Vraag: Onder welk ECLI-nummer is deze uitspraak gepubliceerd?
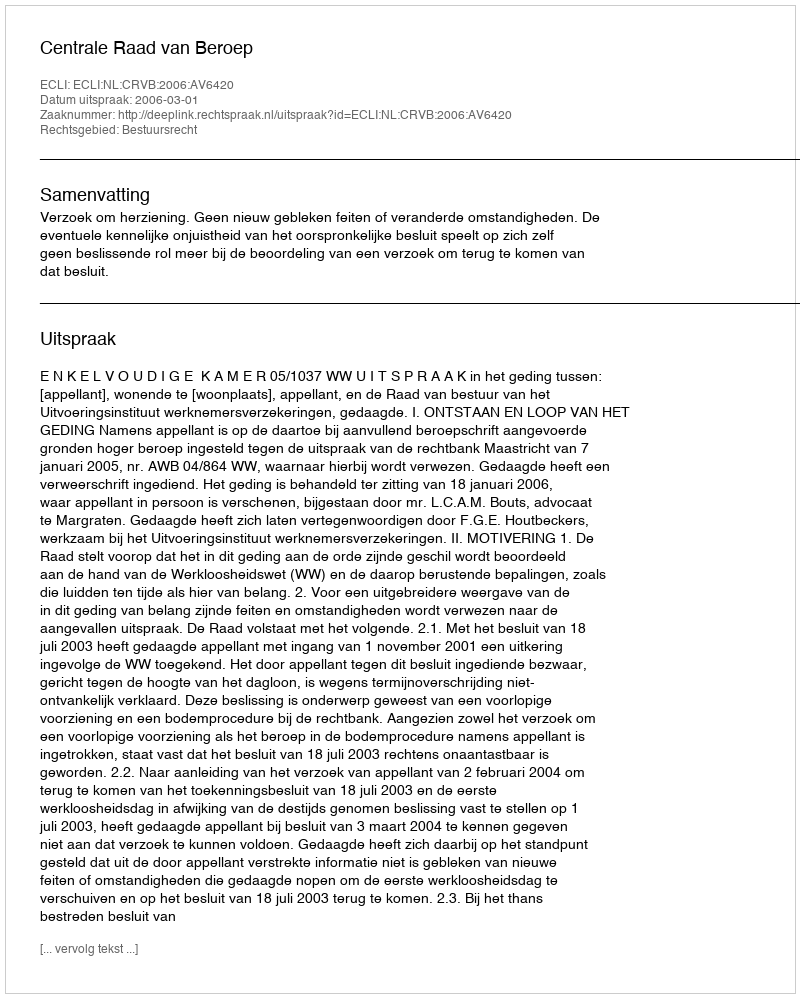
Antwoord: ECLI:NL:CRVB:2006:AV6420